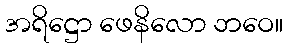
အရိဋ္ဌော ဖေနိလော ဘဝေ။